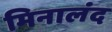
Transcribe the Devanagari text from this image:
मिनालंद